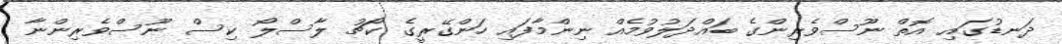
ދަނޑުގައި އޮތް ނޫސްވެރިންގެ ބައްދަލުވުމެއް ނިންމާފައި ހަންގޭރީގެ ކޯޗު ލާސްލޯ ކިސް ނޫސްވެރިންނާ